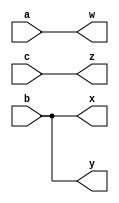
module top_module( input a,b,c, output w,x,y,z );
	assign w = a; //When we have multiple assign statements,the order in which they appear in the code doesn't matter
	assign x = b; //assign statements aren't creating wires, they are creating the connections between the 7 wires that already exist.
	assign y = b;
	assign z = c;
endmodule